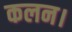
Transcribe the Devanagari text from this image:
कलन।